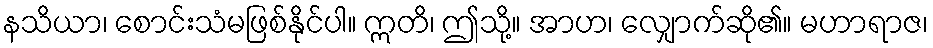
နသိယာ၊ စောင်းသံမဖြစ်နိုင်ပါ။ ဣတိ၊ ဤသို့။ အာဟ၊ လျှောက်ဆို၏။ မဟာရာဇ၊